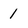
Character: 1